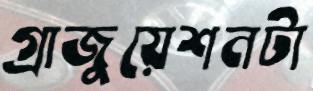
গ্রাজুয়েশনটা